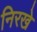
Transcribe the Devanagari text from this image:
निरखे